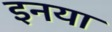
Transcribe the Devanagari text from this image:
इनया